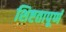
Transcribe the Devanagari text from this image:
शिष्टतापूर्ण